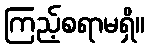
ကြည့်စရာမရှိ။